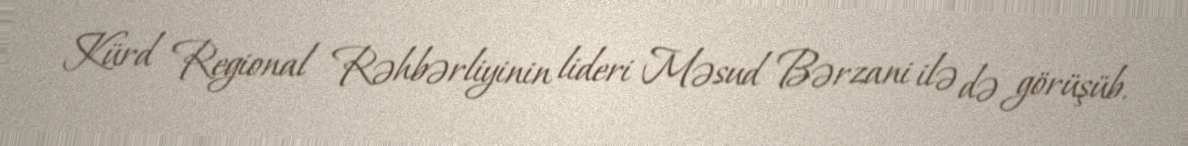
Kürd Regional Rəhbərliyinin lideri Məsud Bərzani ilə də görüşüb.